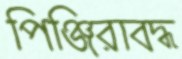
পিঞ্জিরাবদ্ধ